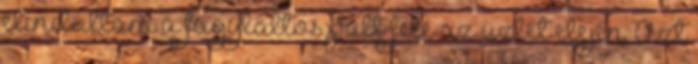
elindultam a fagylaltos pult felé az üzlet elején. Azt